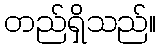
တည်ရှိသည်။